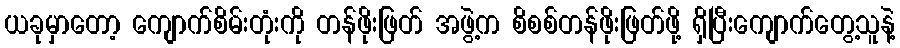
ယခုမှာတော့ ကျောက်စိမ်းတုံးကို တန်ဖိုးဖြတ် အဖွဲ့က စိစစ်တန်ဖိုးဖြတ်ဖို့ ရှိပြီးကျောက်တွေ့သူနဲ့